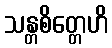
သန္တစိတ္တေဟိ